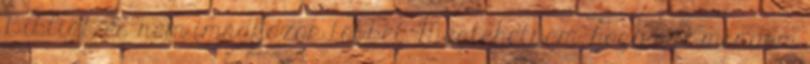
Bibliát, és nem imádkozok többet. Megtehetném, hogy azt mondom